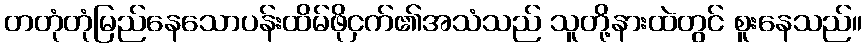
တတုံတုံမြည်နေသောပန်းထိမ်ဖိုငှက်၏အသံသည် သူတို့နားထဲတွင် စူးနေသည်။